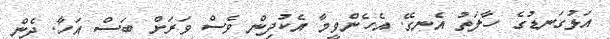
އަޅުގަނޑުގެ ހާލަތު އެނގޭ. އެހެންވީމާ އެކުދިން ވެސް ވަރަށް ބަސް އަހާ. ދެން